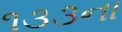
૧૩૩ના